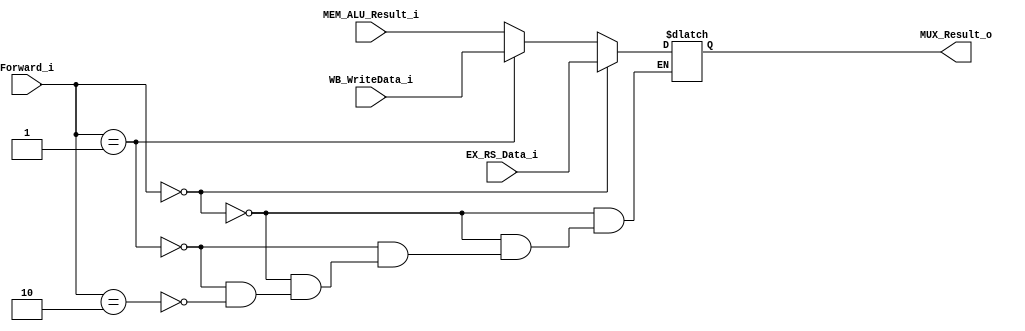
module MUX32_4(
	Forward_i,
	EX_RS_Data_i,
	MEM_ALU_Result_i,
	WB_WriteData_i,
	MUX_Result_o
);
input [1:0] Forward_i;
input [31:0] EX_RS_Data_i;
input [31:0] MEM_ALU_Result_i;
input [31:0] WB_WriteData_i;
output [31:0] MUX_Result_o;

reg [31:0] MUX_Result;
assign MUX_Result_o = MUX_Result;

always @(Forward_i or EX_RS_Data_i or MEM_ALU_Result_i or WB_WriteData_i) begin
	if(Forward_i == 2'b00) begin
		MUX_Result = EX_RS_Data_i;
	end
	else if(Forward_i == 2'b01) begin
		MUX_Result = WB_WriteData_i;
	end
	else if(Forward_i == 2'b10) begin
		MUX_Result = MEM_ALU_Result_i;
	end
end

endmodule